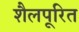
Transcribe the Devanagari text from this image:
शैलपूरित